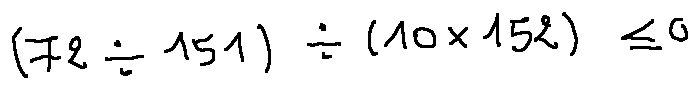
( 7 2 \div 1 5 1 ) \div ( 1 0 \times 1 5 2 ) \leq 0